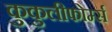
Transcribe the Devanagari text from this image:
कुकुलीफोर्म्स